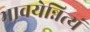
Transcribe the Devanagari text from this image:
भावयेन्नित्यं